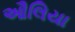
ઔલિયા